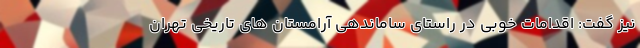
نیز گفت: اقدامات خوبی در راستای ساماندهی آرامستان های تاریخی تهران